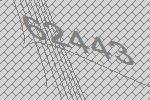
62443